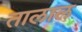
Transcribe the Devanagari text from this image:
तालाल